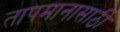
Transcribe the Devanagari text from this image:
तापमानासाठी